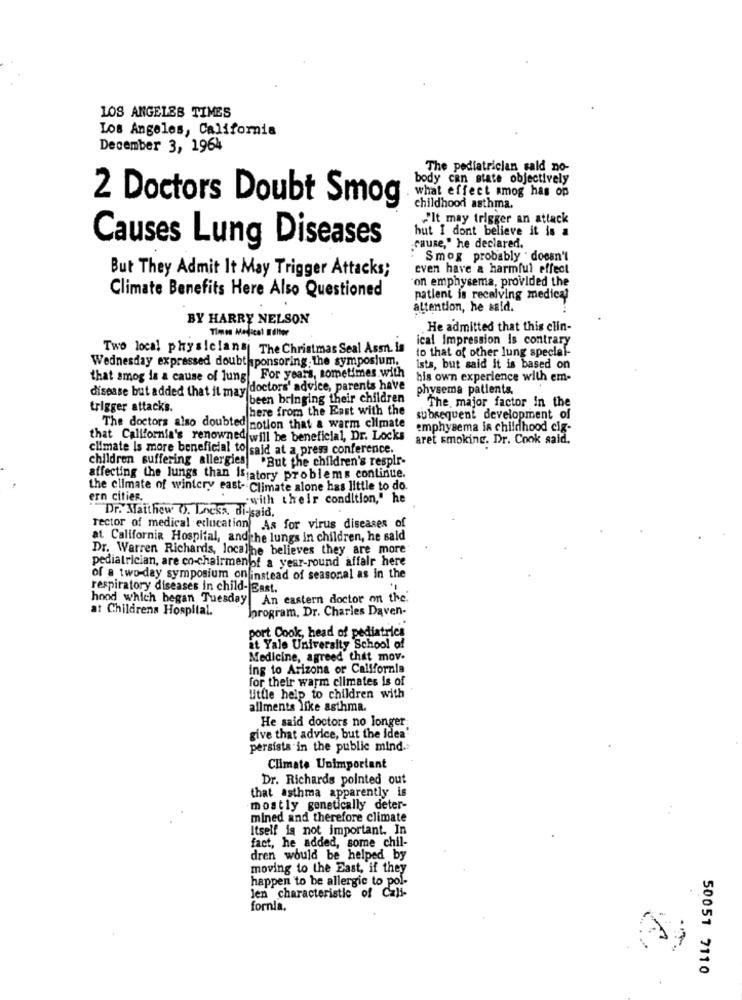
LOS ANGELES TIMES
Los Angeles, California
December 3, 1964
The pediatrician sald no-
body can state objectively
what effect smog has op
2 Doctors Doubt Smog
childhood asthma.
"It may trigger an attack
hut I dont believe it is a
Causes Lung Diseases
cause," he declared.
: Smog probably " doesn't
even have a harmful effect
But They Admit It May Trigger Attacks;
on emphysema, provided the
Climate Benefits Here Also Questioned
patient is receiving medical
attention, he said.
BY HARRY NELSON
Timos Medical Idhter
He admitted that this clin-
ical Impression is contrary
Two local physicians The Christmas Seal Ass. is
to that of other lung special-
Wednesday expressed doubt sponsoring the symposium.
Ists, but said it is based on
that smog is a cause of lung For years, sometimes.with
his own experience with em-
disease but added that it may doctors' advice, parents have
physema patients.
been bringing their children
The, major factor in the
trigger attacks.
There from the East with the
subsequent development of
The doctors also doubted notion that a warm climate
emphysema in childhood cig-
that California's renowned will be beneficial, Dr. Locks
aret smoking. Dr. Cook said.
climate Is more beneficial to said at a press conference.
children suffering allergies "But the children's respir-
affecting the lungs than isjatory problems continue.
the climate of wintery east- Climate alone has little to do.
ern cities.
'with their condition," he
Dr. Matthew O. Locka, difsaid,
rector of medical education As for virus diseases of
at California Hospital, andthe lungs in children, he said
Dr. Warren Richards, localhe believes they are more
pediatrician, are co-chairmenot a year-round affalr here
of a two-day symposium on instead of seasonal as in the
respiratory diseases in child- East.
hood which began Tuesday An eastern doctor on the.
at Childrens Hospital.
program, Dr. Charles Daven-
port Cook, head of pediatrics
it Yale University School of
Medicine, agreed that mov.
ing to Arizona or California
for their warm climates is of
little help to children with
allments like asthma.
He said doctors no longer
give that advice, but the idea
persists in the public mind.
Climate Unimportant
Dr. Richards pointed out
that asthma apparently is
mostly genetically deter-
mined and therefore climate
Itself is not important. In
fact, he added, some chil-
dren would be helped by
moving to the East, if they
happen to be allergic to pol-
len characteristic of Cali-
fornia.
50051 7110